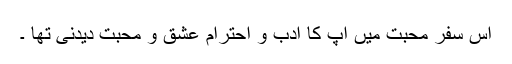
اس سفر محبت میں آپ کا ادب و احترام عشق و محبت دیدنی تھا ۔